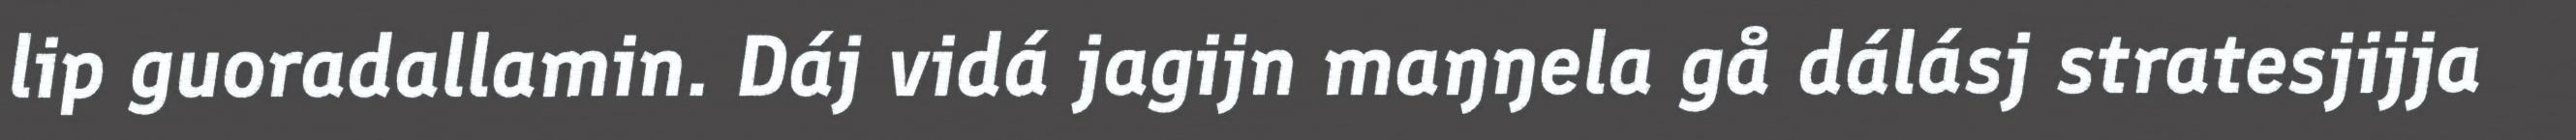
lip guoradallamin. Dáj vidá jagijn maŋŋela gå dálásj stratesjijja